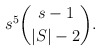
\begin{align*} s^5\binom{s-1}{|S|-2}. \end{align*}